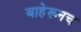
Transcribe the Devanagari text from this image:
बाहेरूनच